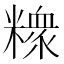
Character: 𥼟